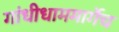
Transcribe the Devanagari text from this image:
गांधीधाममार्गेच